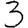
Digit: 3